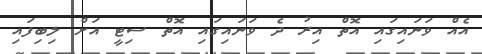
އެއް ވަނައިގައި އޮތް އިރު ދެ ވަނައިގައި އޮތް ސިޓީ އަށް ލިބިފައި